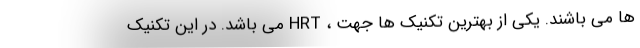
ها می باشند. یکی از بهترین تکنیک ها جهت ، HRT می باشد. در این تکنیک